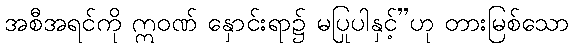
အစီအရင်ကို ဣဝဏ် နှောင်းရာ၌ မပြုပါနှင့်”ဟု တားမြစ်သော